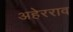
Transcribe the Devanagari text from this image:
अहेरराव